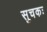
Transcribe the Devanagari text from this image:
सुचकः